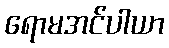
ရောမအင်ပါယာ